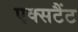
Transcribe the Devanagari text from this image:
एक्सटैंट